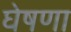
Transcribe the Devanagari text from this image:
घेषणा